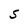
Character: S